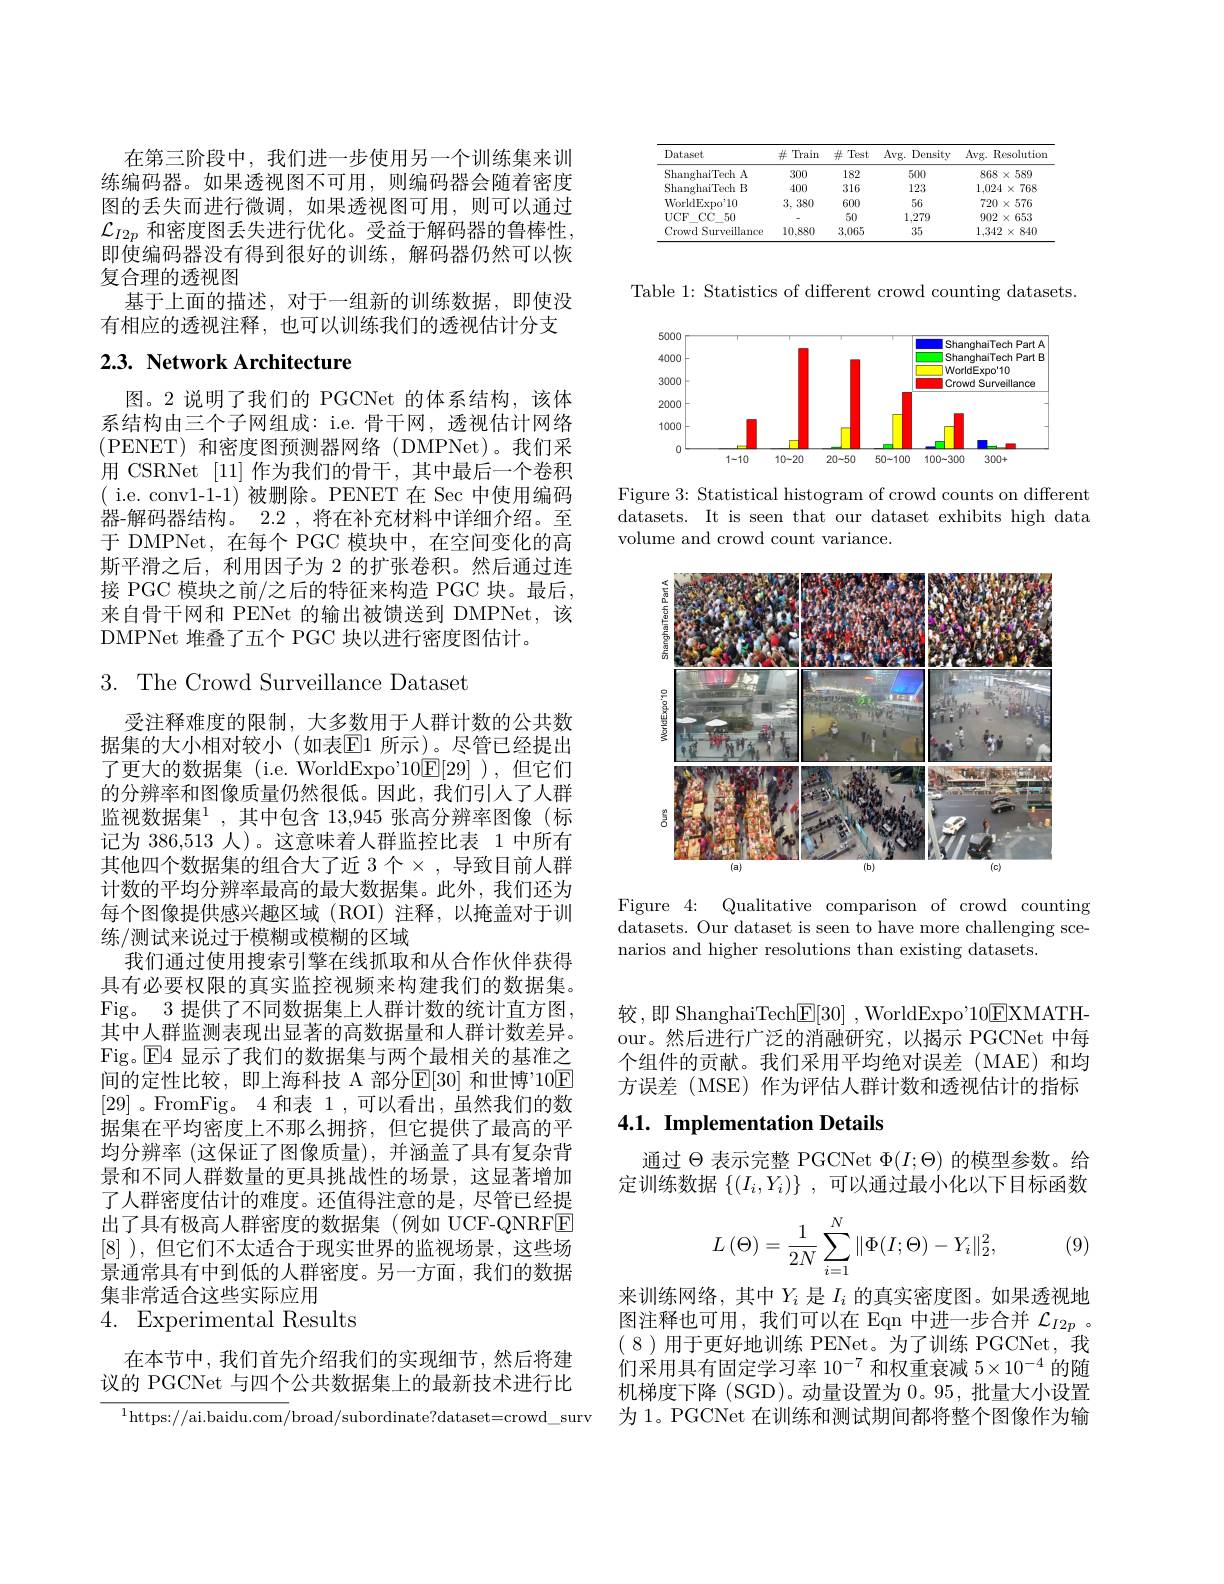
在第三阶段中，我们进一步使用另一个训练集来训练编码器。如果透视图不可用，则编码器会随着密度图的丢失而进行微调，如果透视图可用，则可以通过$\mathcal{L}_{I2p}$和密度图丢失进行优化。受益于解码器的鲁棒性。即使编码器没有得到很好的训练，解码器仍然可以恢复合理的透视图
基于上面的描述，对于一组新的训练数据，即使没有相应的透视注释，也可以训练我们的透视估计分支

# $2. 3. \textbf{ Network Architecture}$

图。2 说明了我们的 PGCNet 的体系结构，该体系结构由三个子网组成：i.e. 骨干网，透视估计网络(PENET)和密度图预测器网络(DMPNet)。我们采用 CSRNet [11] 作为我们的骨干，其中最后一个卷积( i.e. conv1-1-1) 被删除。PENET 在 Sec 中使用编码器-解码器结构。2.2 , 将在补充材料中详细介绍。至于 DMPNet, 在每个 PGC 模块中，在空间变化的高斯平滑之后，利用因子为 2 的扩张卷积。然后通过连接 PGC 模块之前/之后的特征来构造 PGC 块。最后， 来自骨干网和 PENet 的输出被馈送到 DMPNet,该DMPNet 堆叠了五个 PGC 块以进行密度图估计。

# $3.{\mathrm{~The~Crowd~Surveillance~Dataset}}$

受注释难度的限制，大多数用于人群计数的公共数据集的大小相对较小(如表$\overline{\mathrm{E}}$1 所示)。尽管已经提出了更大的数据集 (i.e. WorldExpo'$10\underline{\mathrm{F}}[29]$ ),但它们的分辨率和图像质量仍然很低。因此，我们引人了人群监视数据集$^1$,其中包含 13,945 张高分辨率图像(标记为 386,513 人)。这意味着人群监控比表 1 中所有其他四个数据集的组合大了近 3个×,导致目前人群计数的平均分辨率最高的最大数据集。此外，我们还为每个图像提供感兴趣区域 (ROI) 注释，以掩盖对于训练/测试来说过于模糊或模糊的区域
我们通过使用搜索引擎在线抓取和从合作伙伴获得具有必要权限的真实监控视频来构建我们的数据集。Fig。3 提供了不同数据集上人群计数的统计直方图， 其中人群监测表现出显著的高数据量和人群计数差异。Fig。$\operatorname{E}$4 显示了我们的数据集与两个最相关的基准之间的定性比较，即上海科技 A 部分E[30] 和世博”10$\overline{\mathrm{E}}$ [29]。FromFig。4 和表 1,可以看出，虽然我们的数据集在平均密度上不那么拥挤，但它提供了最高的平均分辨率 (这保证了图像质量),并涵盖了具有复杂背景和不同人群数量的更具挑战性的场景，这显著增加了人群密度估计的难度。还值得注意的是，尽管已经提出了具有极高人群密度的数据集(例如 UCF-QNRFE [8] ),但它们不太适合于现实世界的监视场景，这些场景通常具有中到低的人群密度。另一方面，我们的数据集非常适合这些实际应用
4. Experimental Results

在本节中，我们首先介绍我们的实现细节，然后将建议的 PGCNet 与四个公共数据集上的最新技术进行比

$^{1}$https://ai.baidu.com/broad/subordinate?dataset=crowd\_surv

<table>
	<tbody>
		<tr>
			<th>Dataset</th>
			<th>$\#$ Train</th>
			<th>$\#$ Test</th>
			<th>Avg. Density</th>
			<th>$Avg.$ Resolutior </th>
		</tr>
		<tr>
			<td>ShanghaiTech A</td>
			<td>300</td>
			<td>182</td>
			<td>500</td>
			<td>$868\times589$</td>
		</tr>
		<tr>
			<td>ShanghaiTech B</td>
			<td>400</td>
			<td>316</td>
			<td>123</td>
			<td>$1,024\times$ 768 1</td>
		</tr>
		<tr>
			<td>WorldExp$o^{\prime }$10</td>
			<td>3,380</td>
			<td>600</td>
			<td>56</td>
			<td>$720\times576$</td>
		</tr>
		<tr>
			<td>$UCF$ $CCC$ 50</td>
			<td> </td>
			<td>50</td>
			<td>1,279</td>
			<td>$902\times653$</td>
		</tr>
		<tr>
			<td>Crowd 1 Surveillance</td>
			<td>10,880</td>
			<td>3,065</td>
			<td>35</td>
			<td>1.342 $2\times840$ 1</td>
		</tr>
	</tbody>
</table>

Table 1: Statistics of different crowd counting datasets.

<FigureHere>

Figure 3: Statistical histogram of crowd counts on different datasets. It is seen that our dataset exhibits high data volume and crowd count variance.

<FigureHere>

Figure 4: Qualitative comparison of crowd counting datasets. Our dataset is seen to have more challenging scenarios and higher resolutions than existing datasets.

较，即 ShanghaiTech$\boxed{\mathrm{F}}[30]$,WorldExpo'10$\boxed{\mathrm{F}}$XMATHour。然后进行广泛的消融研究，以揭示 PGCNet 中每个组件的贡献。我们采用平均绝对误差(MAE)和均方误差(MSE)作为评估人群计数和透视估计的指标

## 4.1. Implementation Details

通过$\Theta$表示完整 PGCNet $\Phi(I;\Theta)$的模型参数。给定训练数据$\{ ( I_{i}, Y_{i}) \}$ ,可以通过最小化以下目标函数
$$L\left(\Theta\right)=\frac{1}{2N}\sum_{i=1}^{N}\lVert\Phi(I;\Theta)-Y_{i}\rVert_{2}^{2},$$
(9)

来训练网络，其中$Y_i$是$I_i$的真实密度图。如果透视地图注释也可用，我们可以在 Eqn 中进一步合并$\mathcal{L}_{I2p}$ 。( 8 ) 用于更好地训练 PENet。为了训练 PGCNet, 我们采用具有固定学习率$10^-7$和权重衰减$5\times10^-4$的随机梯度下降 (SGD)。动量设置为0。95,批量大小设置为 1。PGCNet 在训练和测试期间都将整个图像作为输